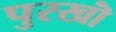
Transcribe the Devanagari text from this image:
पुरखॊं